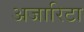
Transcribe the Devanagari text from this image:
अजारिटा